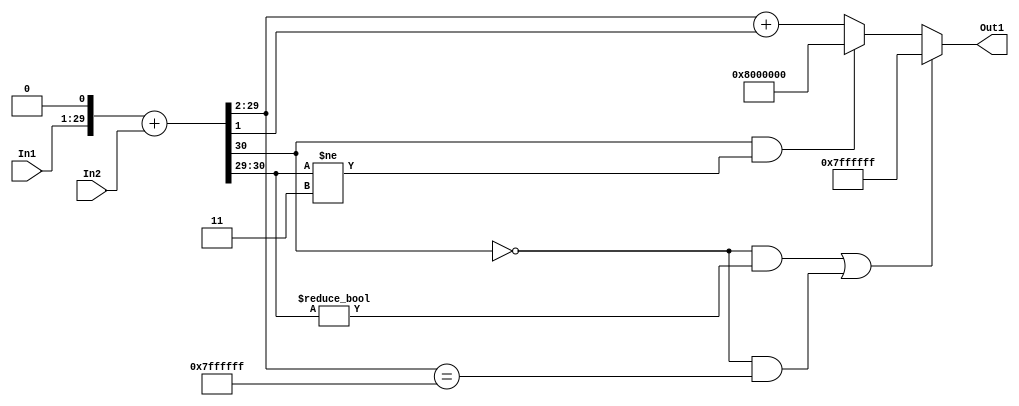
// -------------------------------------------------------------
// 
// 
// Generated by MATLAB 9.14 and HDL Coder 4.1
// 
// -------------------------------------------------------------


// -------------------------------------------------------------
// 
// Module: suma6_block1
// Source Path: FP_sub/fp model/IIR_section_3/suma6
// Hierarchy Level: 2
// 
// -------------------------------------------------------------

`timescale 1 ns / 1 ns

module suma6_block1
          (In1,
           In2,
           Out1);


  input   signed [28:0] In1;  // sfix29_En18
  input   signed [26:0] In2;  // sfix27_En19
  output  signed [27:0] Out1;  // sfix28_En17


  wire signed [31:0] suma6_add_cast;  // sfix32_En19
  wire signed [31:0] suma6_add_cast_1;  // sfix32_En19
  wire signed [31:0] suma6_add_temp;  // sfix32_En19
  wire signed [27:0] suma6_out1;  // sfix28_En17


  assign suma6_add_cast = {{2{In1[28]}}, {In1, 1'b0}};
  assign suma6_add_cast_1 = {{5{In2[26]}}, In2};
  assign suma6_add_temp = suma6_add_cast + suma6_add_cast_1;
  assign suma6_out1 = (((suma6_add_temp[31] == 1'b0) && (suma6_add_temp[30:29] != 2'b00)) || ((suma6_add_temp[31] == 1'b0) && (suma6_add_temp[29:2] == 28'sb0111111111111111111111111111)) ? 28'sb0111111111111111111111111111 :
              ((suma6_add_temp[31] == 1'b1) && (suma6_add_temp[30:29] != 2'b11) ? 28'sb1000000000000000000000000000 :
              suma6_add_temp[29:2] + $signed({1'b0, suma6_add_temp[1]})));



  assign Out1 = suma6_out1;

endmodule  // suma6_block1